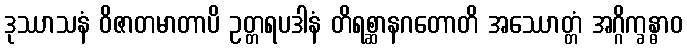
ဒုဿာသနံ ဝိဇာတမာတာပိ ဥတ္တရပဒါနံ တိရစ္ဆာနဂတောတိ အဿောတ္တံ အဂ္ဂိက္ခန္ဓာဝ